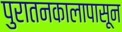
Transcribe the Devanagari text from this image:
पुरातनकालापासून